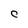
Character: C